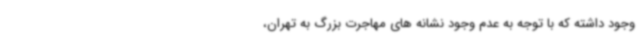
وجود داشته که با توجه به عدم وجود نشانه های مهاجرت بزرگ به تهران،